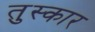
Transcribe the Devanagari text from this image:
तुस्कार